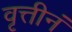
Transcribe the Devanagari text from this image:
वृत्तीनं